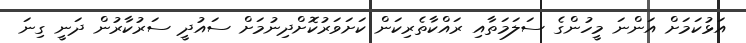
އަޅުކަމަށް އަންނަ މީހުންގެ ސަލަމަތާއި ރައްކާތެރިކަން ކަށަވަރުކޮށްދިނުމަށް ސައުދީ ސަރުކާރުން ދަނީ ގިނަ